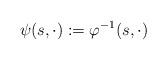
LaTeX: \begin{align*}\psi(s, \cdot) := \varphi^{-1}(s, \cdot)\end{align*}